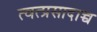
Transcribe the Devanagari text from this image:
त्वत्प्रसादाच्च